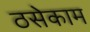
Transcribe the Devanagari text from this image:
ठसेकाम